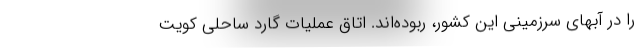
را در آبهای سرزمینی این کشور، ربوده‌اند. اتاق عملیات گارد ساحلی کویت